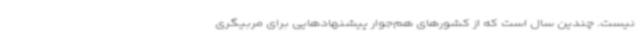
نیست. چندین سال است که از کشورهای هم‌جوار پیشنهادهایی برای مربیگری